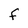
Character: F